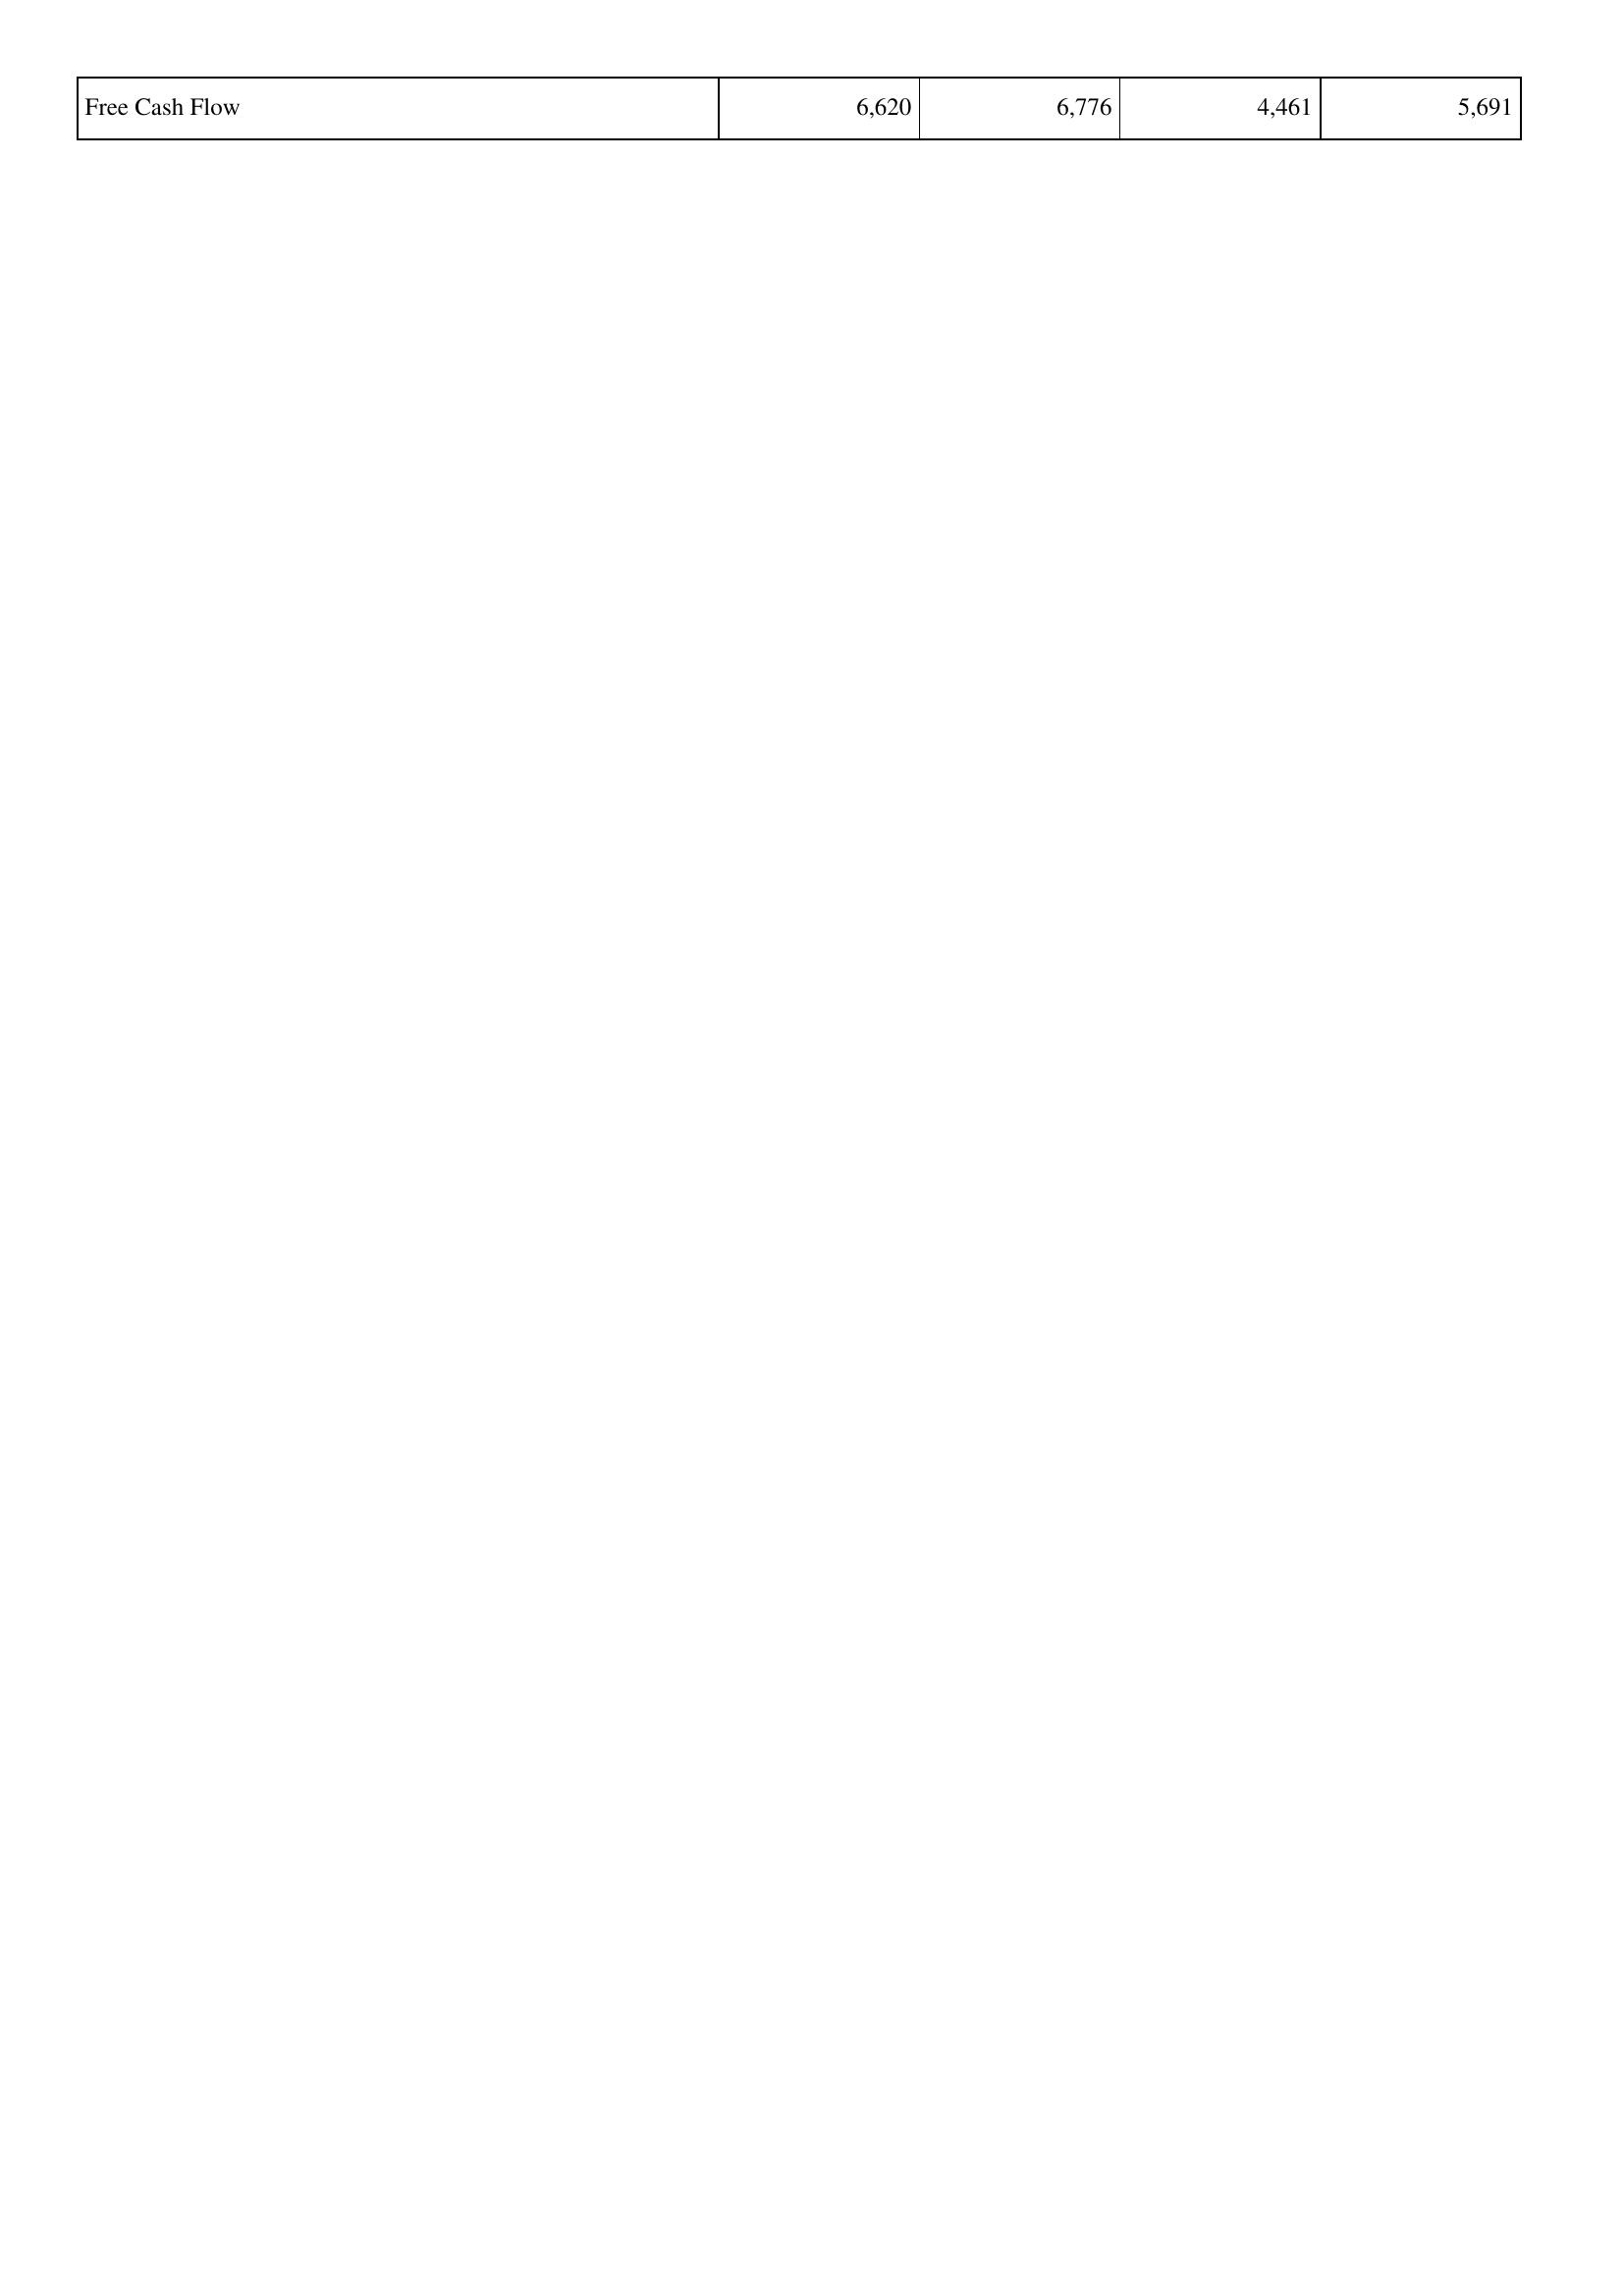
2009: Financing Activities: Free Cash Flow: 6,620
2010: Financing Activities: Free Cash Flow: 6,776
2011: Financing Activities: Free Cash Flow: 4,461
2012: Financing Activities: Free Cash Flow: 5,691